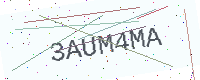
Text: 3AUM4MA